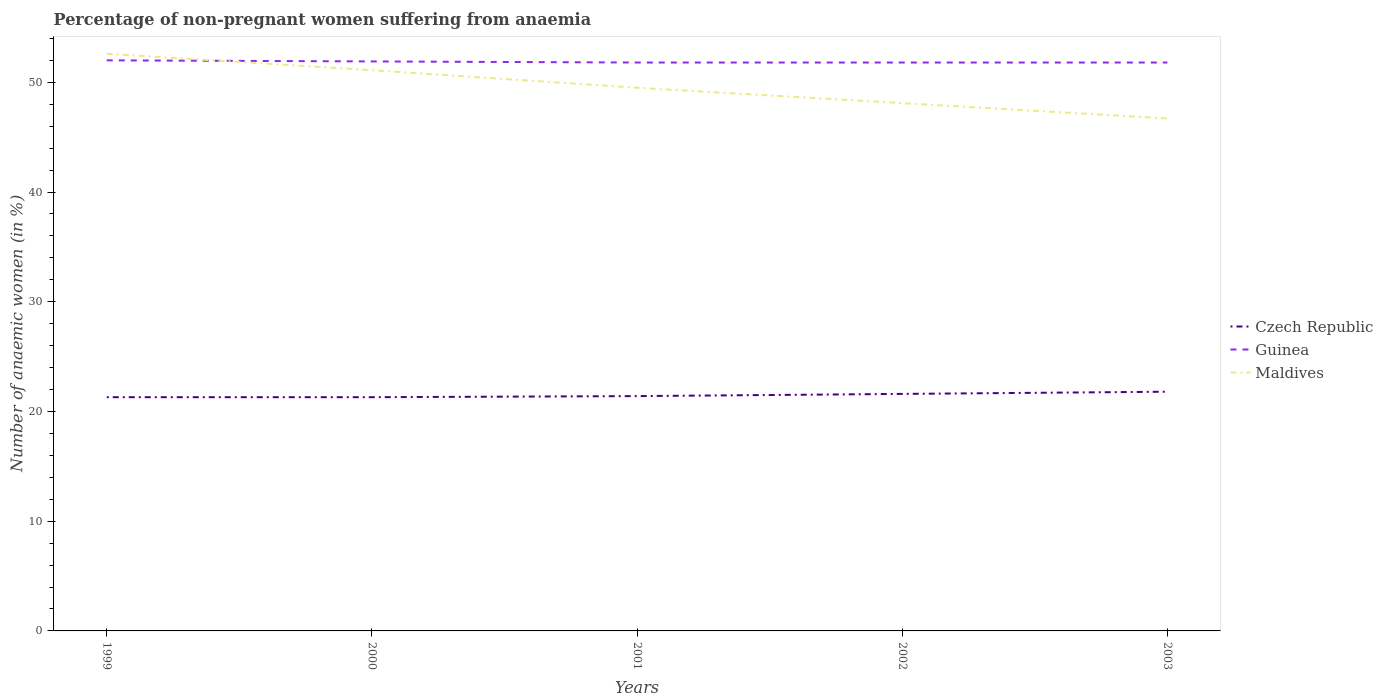
| Years | Czech Republic | Guinea | Maldives |
 | --- | --- | --- | --- |
 | 1999 | 21.3 | 52 | 52.6 |
 | 2000 | 21.3 | 51.9 | 51.1 |
 | 2001 | 21.4 | 51.8 | 49.5 |
 | 2002 | 21.6 | 51.8 | 48.1 |
 | 2003 | 21.8 | 51.8 | 46.7 |